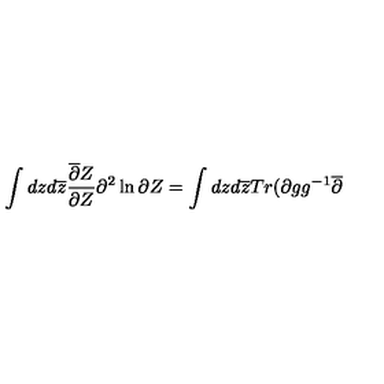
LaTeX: \int d z d \overline { { z } } \frac { \overline { { \partial } } Z } { \partial Z } \partial ^ { 2 } \ln \partial Z = \int d z d \overline { { z } } T r ( \partial g g ^ { - 1 } \overline { { \partial } }